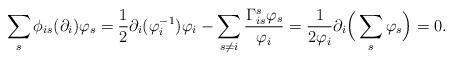
\begin{align*} \sum_s\phi_{is}(\partial_i)\varphi_s&=\frac{1}{2}\partial_i(\varphi^{-1}_i)\varphi_i-\sum_{s\neq i}\frac{\Gamma_{is}^s\varphi_s}{\varphi_i}=\frac{1}{2\varphi_i}\partial_i\Big(\sum_s\varphi_s\Big)=0. \end{align*}